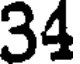
34